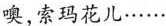
噢，索玛花儿……